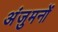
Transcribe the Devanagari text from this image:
अंजुमनों